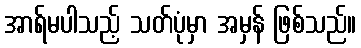
အာရ်မပါသည့် သတ်ပုံမှာ အမှန် ဖြစ်သည်။